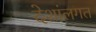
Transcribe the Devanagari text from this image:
देशांलगत